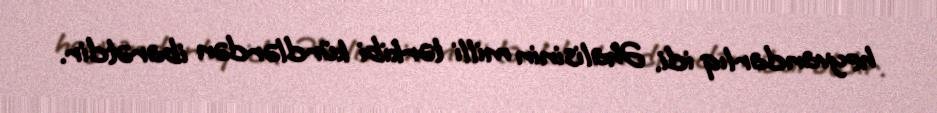
heyvandarlıq idi. Əhalisinin milli tərkibi kürdlərdən ibarətdir.